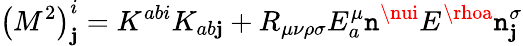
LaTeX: \left(M^{2}\right)_{\mathbf{j}}^{i}=K^{abi}K_{ab\mathbf{j}}+R_{\mu\nu\rho\sigma}E_{a}^{\mu}\mathtt{n}^{\nui}E^{\rhoa}\mathtt{n}_{\mathbf{j}}^{\sigma}